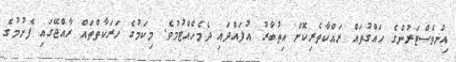
އިންވެސްޓަރުންގެ ހައްގުތައް ރައްކާތެރިކޮށް އިތުބާރު އުފައްދައި ދެމެހެއްޓުމުވެ. މިކަމުގެ ހަރަކާތްތައް ރާއްޖޭގައި ފެށުމުގެ